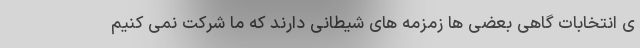
ی انتخابات گاهی بعضی ها زمزمه های شیطانی دارند که ما شرکت نمی کنیم